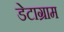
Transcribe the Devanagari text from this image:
डेटाग्राम